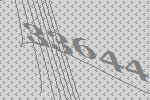
33644